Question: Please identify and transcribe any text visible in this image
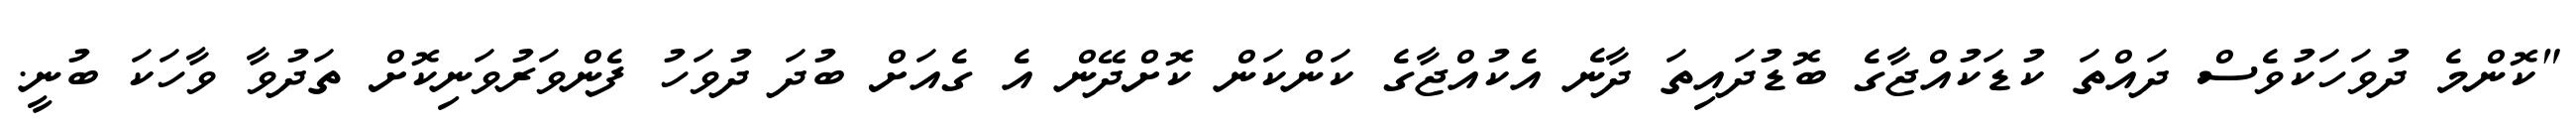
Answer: "ކޮންމެ ދުވަހަކުވެސް ދައްތަ ކުޑަކުއްޖާގެ ބޮޑުދައިތަ ދާނެ އެކުއްޖާގެ ކަންކަން ކޮށްދޭން އެ ގެއަށް ބުދަ ދުވަހު ފެންވަރުވަނިކޮށް ތަދުވާ ވާހަކަ ބުނީ.